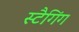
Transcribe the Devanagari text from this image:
स्टैगिंग